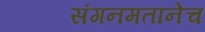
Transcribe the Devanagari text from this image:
संगनमतानेच